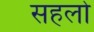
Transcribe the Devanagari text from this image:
सहलो